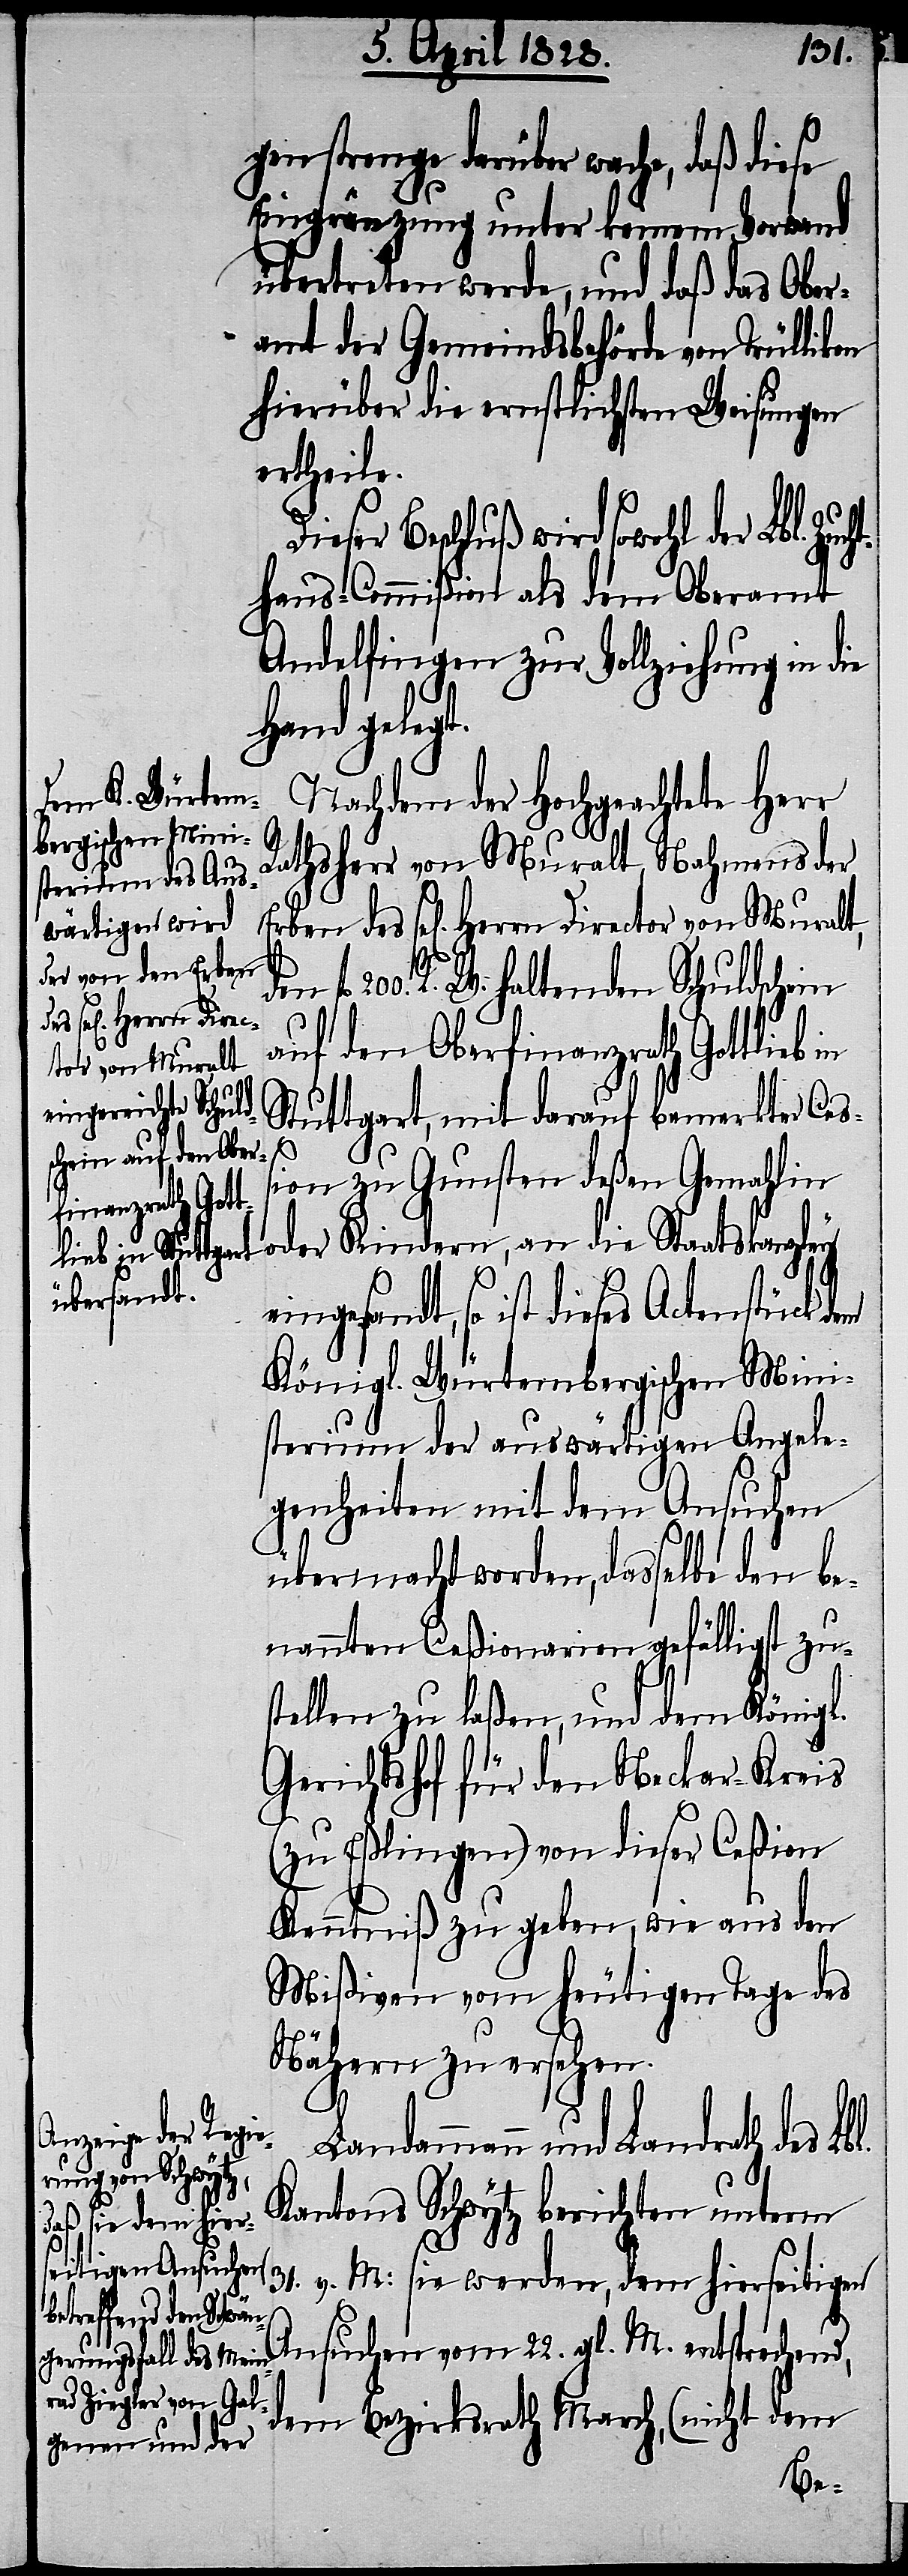
gen strenge darüber wache, daß diese
Eingränzung unter keinem Vorwand
übertreten werde, und daß das Ober¬
amt der Gemeindsbehörde von Trüllikon
hierüber die ernstlichsten Weisungen
ertheile.
ieser Beschluß wird sowohl
haus-Commißion als dem Oberamt
Andelfingen zu Vollziehung in die
Hand gelegt.
Nachdem der Hochgeachtete Herr
Rathsherr von Muralt Nahmens der
R. W. haltenden Schuldschein
auf den Oberfinanzrath Gottlieb
tor von Muralt,
Stuttgart, mit darauf bemerkter Ces¬
l.
ion zu Gunsten deßen Gemahlin
oder Kindern, an die Staatskanzley
eingesandt, so ist dieses
Königl. Würtembergischen Mini¬
sterium der auswärtigen Angele¬
genheiten mit dem Ansuchen
übermacht worden, dasselbe den be¬
nannten Ceßionarien gefälligst zu¬
stellen zu laßen, und dem Königl.
Gerichtshof für den Neckar-Kreis
(zu Eßlingen) von dieser Ceßion
Kenntniß zu geben, wie aus den
Mißiven vom heutigen Tage des
Nähern zu ersehen.
Landammann und Landrath des Lb¬
rn Direc¬
Kantons Schwytz berichten unterm
D¬
31. v. M: sie werden, dem hierseitigen
Ansuchen vom 22. gl. M. entsprechend,
dem Bezirksrath March, (nicht dem